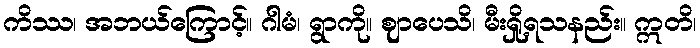
ကိဿ၊ အဘယ်ကြောင့်။ ဂါမံ၊ ရွာကို။ ဈာပေသိ၊ မီးရှို့ရသနည်း။ ဣတိ၊